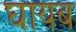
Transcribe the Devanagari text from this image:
घायब